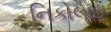
નિકોલાઇ